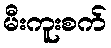
မီးကူးစက်